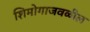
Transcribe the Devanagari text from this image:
शिमोगाजवळील